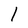
Character: 1